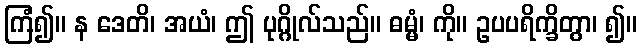
ကြံ၍။ န ဒေတိ၊ အယံ၊ ဤ ပုဂ္ဂိုလ်သည်။ ဓမ္မံ၊ ကို။ ဥပပရိက္ခိတွာ၊ ၍။